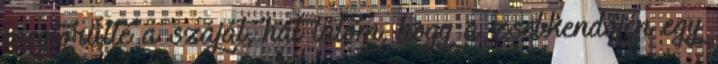
megtörülte a száját, hát látom, hogy a zsebkendőjén egy